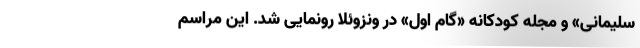
سلیمانی» و مجله کودکانه «گام اول» در ونزوئلا رونمایی شد. این مراسم